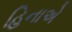
હિનાએ